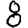
Digit: 8